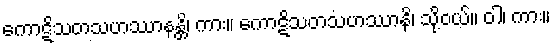
ကောဋိသတသဟဿာနန္တိ၊ ကား။ ကောဋိသတသဟဿာနိ၊ သို့ဝယ်။ ဝါ၊ ကား။